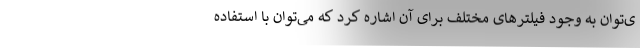
ی‌توان به وجود فیلترهای مختلف برای آن اشاره کرد که می‌توان با استفاده